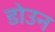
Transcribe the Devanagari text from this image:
डोउन